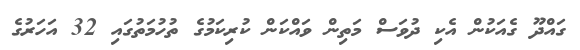
ގައްދޫ ގެއަކުން އެކި ދުވަސް މަތިން ވައްކަން ކުރިކަމުގެ ތުހުމަތުގައި 32 އަހަރުގެ